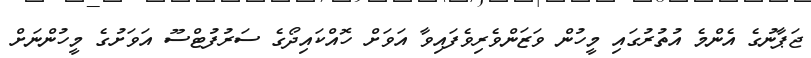
ޖަޕާނުގެ އެންމެ އުތުރުގައި މީހުން ވަޒަންވެރިވެފައިވާ އަވަށް ހޮއްކައިދޯގެ ސަރުފުޓްސޫ އަވަށުގެ މީހުންނަށް